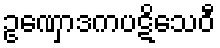
ဥဏှောဒကပဋိသေဝီ